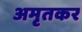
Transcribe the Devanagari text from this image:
अमृतकर